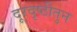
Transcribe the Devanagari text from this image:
दूरदृष्टीतुन